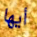
أيها